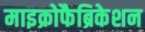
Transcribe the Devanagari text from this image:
माइक्रोफैब्रिकेशन